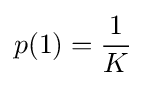
p(1)={\frac {1}{K}}